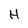
Character: H